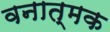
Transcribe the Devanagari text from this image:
वनात्मक